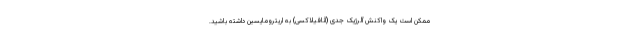
ممکن است یک واکنش آلرژیک جدی (آنافیلاکسی) به اریترومایسین داشته باشید.